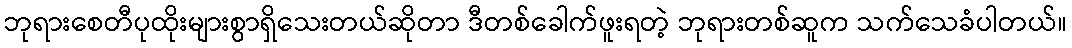
ဘုရားစေတီပုထိုးများစွာရှိသေးတယ်ဆိုတာ ဒီတစ်ခေါက်ဖူးရတဲ့ ဘုရားတစ်ဆူက သက်သေခံပါတယ်။